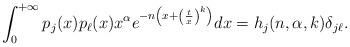
LaTeX: \begin{align*}\int_0^{+\infty}p_j(x)p_\ell(x)x^\alpha e^{-n\left(x+\left(\frac{t}{x}\right)^k\right)}dx=h_j(n,\alpha,k)\delta_{j\ell}.\end{align*}